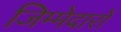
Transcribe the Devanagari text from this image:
जिम्मेदारों